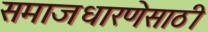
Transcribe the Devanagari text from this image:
समाजधारणेसाठी